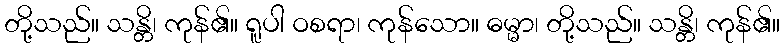
တို့သည်။ သန္တိ၊ ကုန်၏။ ရူပါ ဝစရာ၊ ကုန်သော။ ဓမ္မာ၊ တို့သည်။ သန္တိ၊ ကုန်၏။